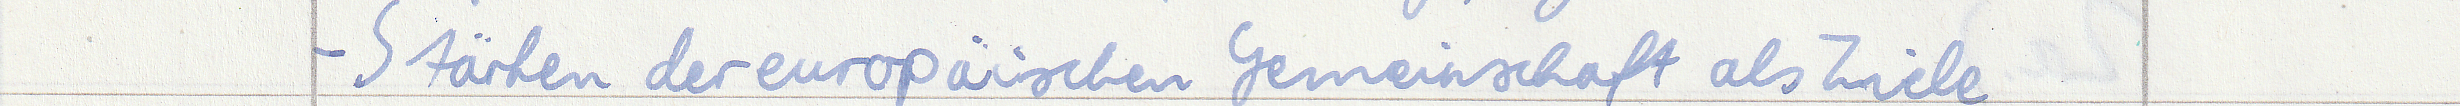
- Stärken der europäischen Gemeinschaft als Ziele